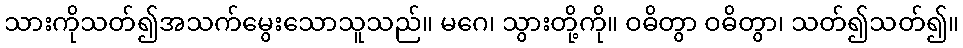
သားကိုသတ်၍အသက်မွေးသောသူသည်။ မဂေ၊ သွားတို့ကို။ ဝဓိတွာ ဝဓိတွာ၊ သတ်၍သတ်၍။